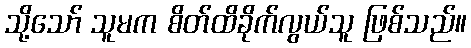
သို့သော် သူမက စိတ်ထိခိုက်လွယ်သူ ဖြစ်သည်။